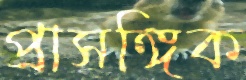
প্রাসঙ্গিক